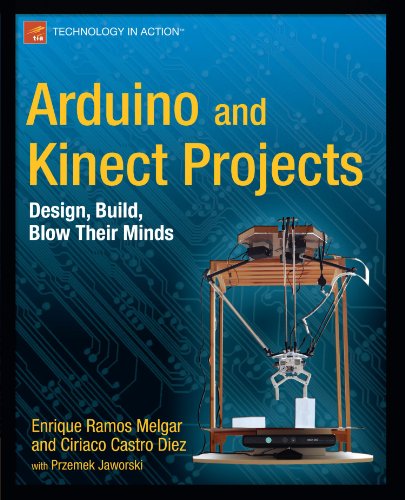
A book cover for Arduino and Kinect Projects: Design, Build, Blow Their Minds (Technology in Action); Enrique Ramos Melgar; Computers & Technology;